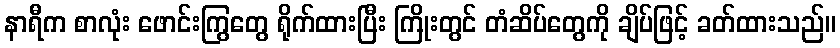
နာရီက စာလုံး ဖောင်းကြွတွေ ရိုက်ထားပြီး ကြိုးတွင် တံဆိပ်တွေကို ချိပ်ဖြင့် ခတ်ထားသည်။